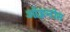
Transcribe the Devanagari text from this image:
ओइनोस